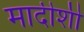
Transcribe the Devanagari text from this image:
मादीशी